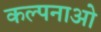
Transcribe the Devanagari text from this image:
कल्पनाओ